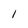
Character: I